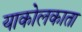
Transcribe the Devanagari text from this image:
याकोलकाता